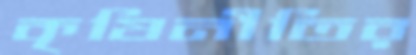
কৃষিনীতির